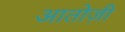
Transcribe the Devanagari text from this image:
आतोज़ी